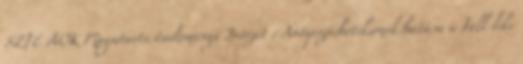
SZTE ÁOK Magatartástudományi Intézet : Antipszichotikumok hatása a Toll-like